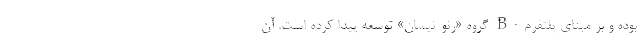
بوده و بر مبنای پلتفرم B0 گروه «رنو-نیسان» توسعه پیدا کرده است. آن